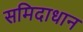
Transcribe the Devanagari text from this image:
समिदाधान